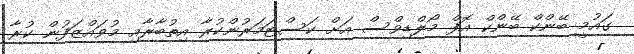
ގައުމީ ބޭންކް ބޭންކް އޮފް މޯލްޑިވްސް އަށް ކަސްޓަމަރުންކުރާ އިތުބާރާއި މުވައްޒަފުން ކުރާ